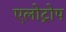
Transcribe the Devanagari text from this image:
एलोट्रोप